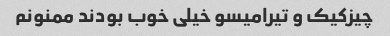
چیزکیک و تیرامیسو خیلی خوب بودند ممنونم